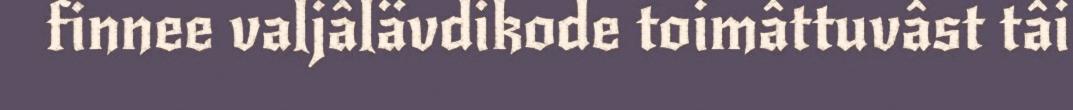
finnee valjâlävdikode toimâttuvâst tâi